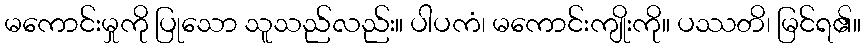
မကောင်းမှုကို ပြုသော သူသည်လည်း။ ပါပကံ၊ မကောင်းကျိုးကို။ ပဿတိ၊ မြင်ရ၏။